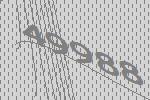
49988